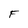
Character: F